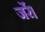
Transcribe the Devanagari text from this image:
जर्रे।